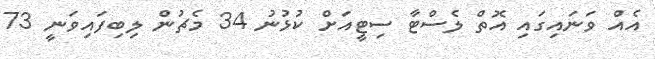
އެއް ވަނައިގައި އޮތް ލެސްޓާ ސިޓީއަށް ކުޅުނު 34 މެޗުން ލިބިފައިވަނީ 73